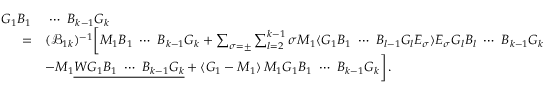
\begin{array} { r l } { G _ { 1 } B _ { 1 } } & { \ \cdots \ B _ { k - 1 } G _ { k } } \\ { = } & { ( \mathcal { B } _ { 1 k } ) ^ { - 1 } \bigg [ M _ { 1 } B _ { 1 } \ \cdots \ B _ { k - 1 } G _ { k } + \sum _ { \sigma = \pm } \sum _ { l = 2 } ^ { k - 1 } \sigma M _ { 1 } \langle G _ { 1 } B _ { 1 } \ \cdots \ B _ { l - 1 } G _ { l } E _ { \sigma } \rangle E _ { \sigma } G _ { l } B _ { l } \ \cdots \ B _ { k - 1 } G _ { k } } \\ & { - M _ { 1 } \underline { { W G _ { 1 } B _ { 1 } \ \cdots \ B _ { k - 1 } G _ { k } } } + \langle G _ { 1 } - M _ { 1 } \rangle \, M _ { 1 } G _ { 1 } B _ { 1 } \ \cdots \ B _ { k - 1 } G _ { k } \bigg ] \, . } \end{array}